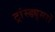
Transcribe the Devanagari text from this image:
ट्रांस्ड्यूसरों